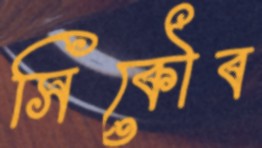
সিকৌব